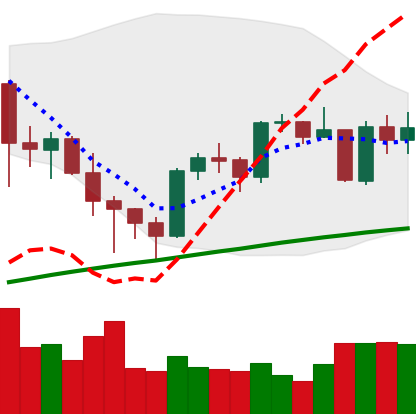
Ticker: BTC-USD
Chart end date: 2021-05-07
Forward return: -14.307%
Label: down_7plus